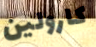
كارولين